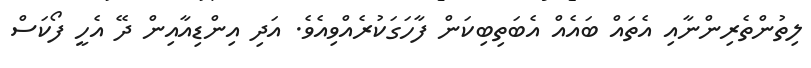
ލިތުންތެރިންނާއި އެތައް ބައެއް އެބަތިބިކަން ފާހަގަކުރެއްވިއެވެ. އަދި އިންޑިއާއިން ދޭ އެހީ ފޯކަސް